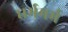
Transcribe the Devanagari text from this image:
धर्ममर्म